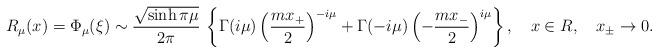
LaTeX: \begin{align*}R_{\mu}(x)=\Phi_{\mu}(\xi)\sim\frac{\sqrt{\sinh\pi\mu}}{2\pi}\,\left\{\Gamma(i\mu)\left(\frac{mx_+}2\right)^{-i\mu}+\Gamma(-i\mu)\left(-\frac{mx_-}2\right)^{i\mu}\right\},\quad x\in R,\quad x_{\pm}\to 0.\end{align*}